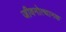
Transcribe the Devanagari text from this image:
जीवनोत्थानक